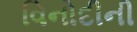
વિનોદીની